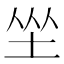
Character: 𱖦